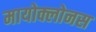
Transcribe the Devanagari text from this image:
मायोक्लोनस